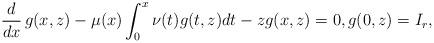
LaTeX: \begin{align*} \frac{d}{d x}\,g(x, z)-\mu(x)\int_0^x \nu(t) g(t, z)dt -zg(x, z)=0, g(0, z)=I_r,\end{align*}